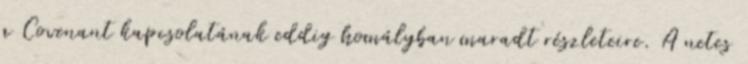
a Covenant kapcsolatának eddig homályban maradt részleteire. A netes